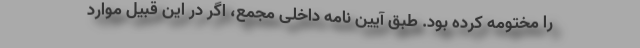
را مختومه کرده بود. طبق آیین نامه داخلی مجمع، اگر در این قبیل موارد